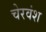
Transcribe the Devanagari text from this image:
चेरवंश